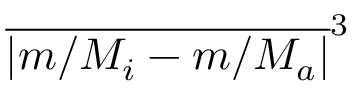
\overline { { | m / M _ { i } - m / M _ { a } | } } ^ { 3 }